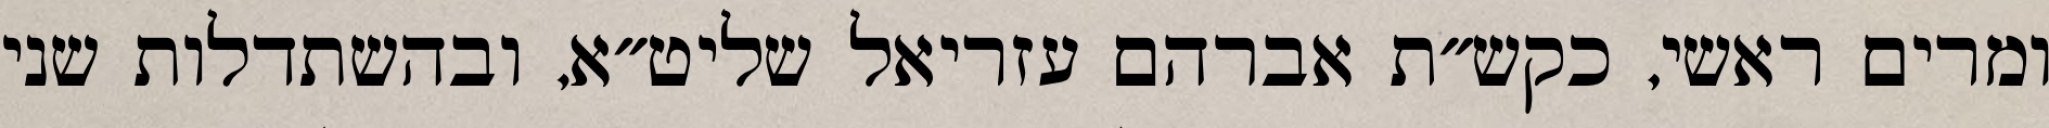
ומרים ראשי, כקש״ת אברהם עזריאל שליט״א, ובהשתדלות שני